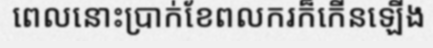
ពេលនោះប្រាក់ខែពលករក៏កើនឡើង